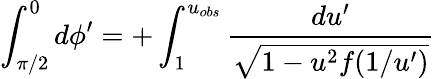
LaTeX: \int_{\pi/2}^{0}d\phi^{\prime}=+\int_{1}^{u_{obs}}\frac{du^{\prime}}{\sqrt{1-u^{2}f(1/u^{\prime})}}